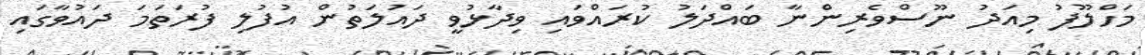
މަހްލޫފު މިއަދު ނޫސްވެރިންނާ ބައްދަލު ކުރައްވައި ވިދާޅުވީ ދައުލަތުން އުފުލި ފުރަތަމަ ދައުވާގައި